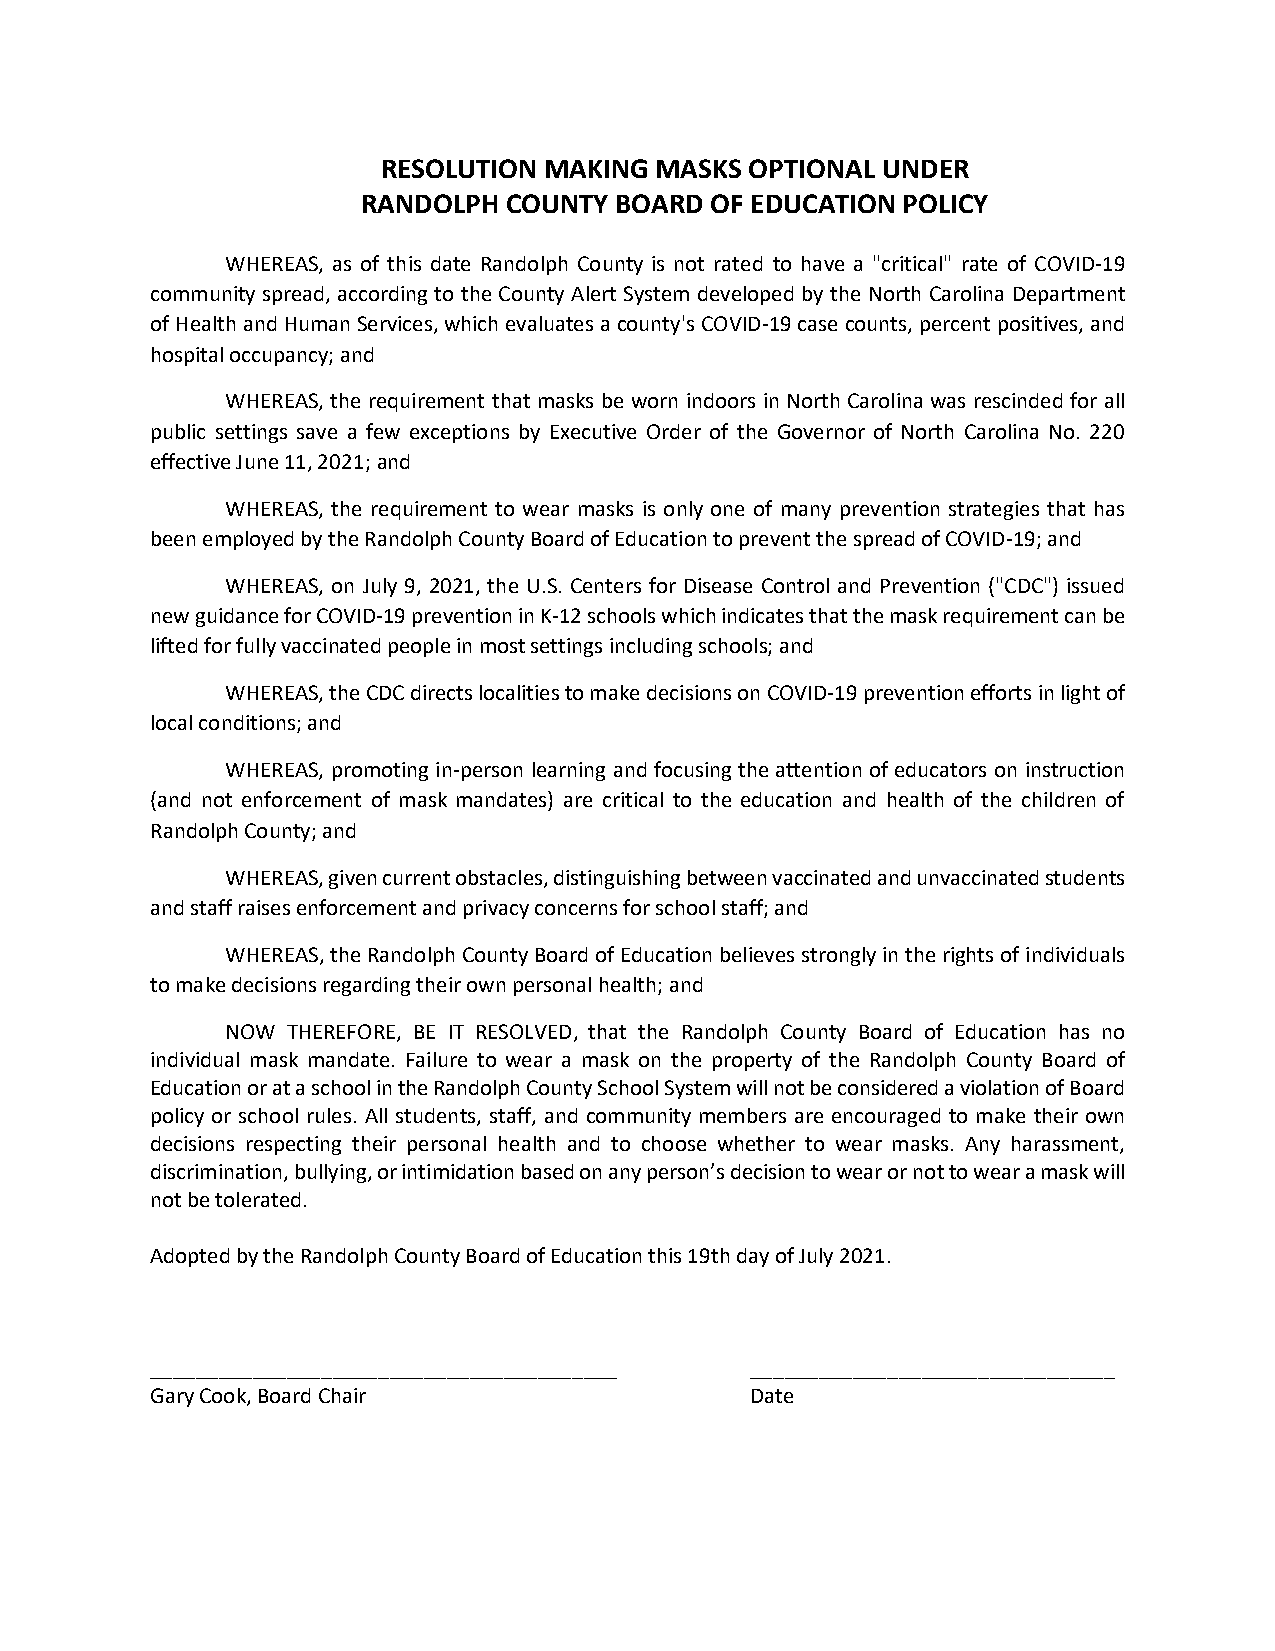
RESOLUTION MAKING MASKS  OPTIONAL UNDER
 RANDOLPH COUNTY  BOARD OF EDUCATION POLICY
 WHEREAS, as of this date Randolph County is not rated to have a "critical" rate of COVID-19
 community spread, according to the County Alert System developed by the North Carolina Department
 of Health and Human Services, which evaluates a county's COVID-19 case counts, percent positives, and
 hospital occupancy; and
 WHEREAS, the requirement that masks be worn indoors in North Carolina was rescinded for all
 public settings save a few exceptions by Executive Order of the Governor of North Carolina No. 220
 effective June 11, 2021; and
 WHEREAS, the requirement to wear masks is only one of many prevention strategies that has
 been employed by the Randolph County Board of Education to prevent the spread of COVID-19; and
 WHEREAS, on July 9, 2021, the U.S. Centers for Disease Control and Prevention ("CDC") issued
 new guidance for COVID-19 prevention in K-12 schools which indicates that the mask requirement can be
 lifted for fully vaccinated people in most settings including schools; and
 WHEREAS, the CDC directs localities to make decisions on COVID-19 prevention efforts in light of
 local conditions; and
 WHEREAS, promoting in-person learning and focusing the attention of educators on instruction
 (and not enforcement of mask mandates) are critical to the education and health of the children of
 Randolph County; and
 WHEREAS, given current obstacles, distinguishing between vaccinated and unvaccinated students
 and staff raises enforcement and privacy concerns for school staff; and
 WHEREAS, the Randolph County Board of Education believes strongly in the rights of individuals
 to make decisions regarding their own personal health; and
 NOW THEREFORE, BE IT RESOLVED, that the Randolph County Board of Education has no
 individual mask mandate. Failure to wear a mask on the property of the Randolph County Board of
 Education or at a school in the Randolph County School System will not be considered a violation of Board
 policy or school rules. All students, staff, and community members are encouraged to make their own
 decisions respecting their personal health and to choose whether to wear masks. Any harassment,
 discrimination, bullying, or intimidation based on any person’s decision to wear or not to wear a mask will
 not be tolerated.
 Adopted by the Randolph County Board of Education this 19th day of July 2021.
 _________________________________________ ________________________________
 Gary Cook, Board Chair                  Date